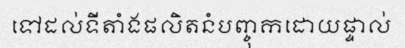
ទៅដល់ទីតាំងផលិតនំបញ្ចុកដោយផ្ទាល់